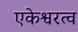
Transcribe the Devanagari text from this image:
एकेश्वरत्व